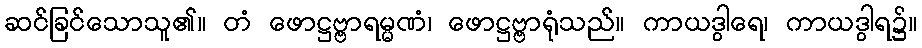
ဆင်ခြင်သောသူ၏။ တံ ဖောဋ္ဌဗ္ဗာရမ္မဏံ၊ ဖောဋ္ဌဗ္ဗာရုံသည်။ ကာယဒွါရေ၊ ကာယဒွါရ၌။